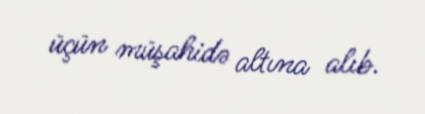
üçün müşahidə altına alıb.